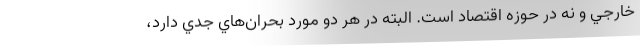
خارجي و نه در حوزه اقتصاد است. البته در هر دو مورد بحران‌هاي جدي دارد،